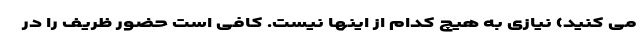
می کنید) نیازی به هیچ کدام از اینها نیست. کافی است حضور ظریف را در